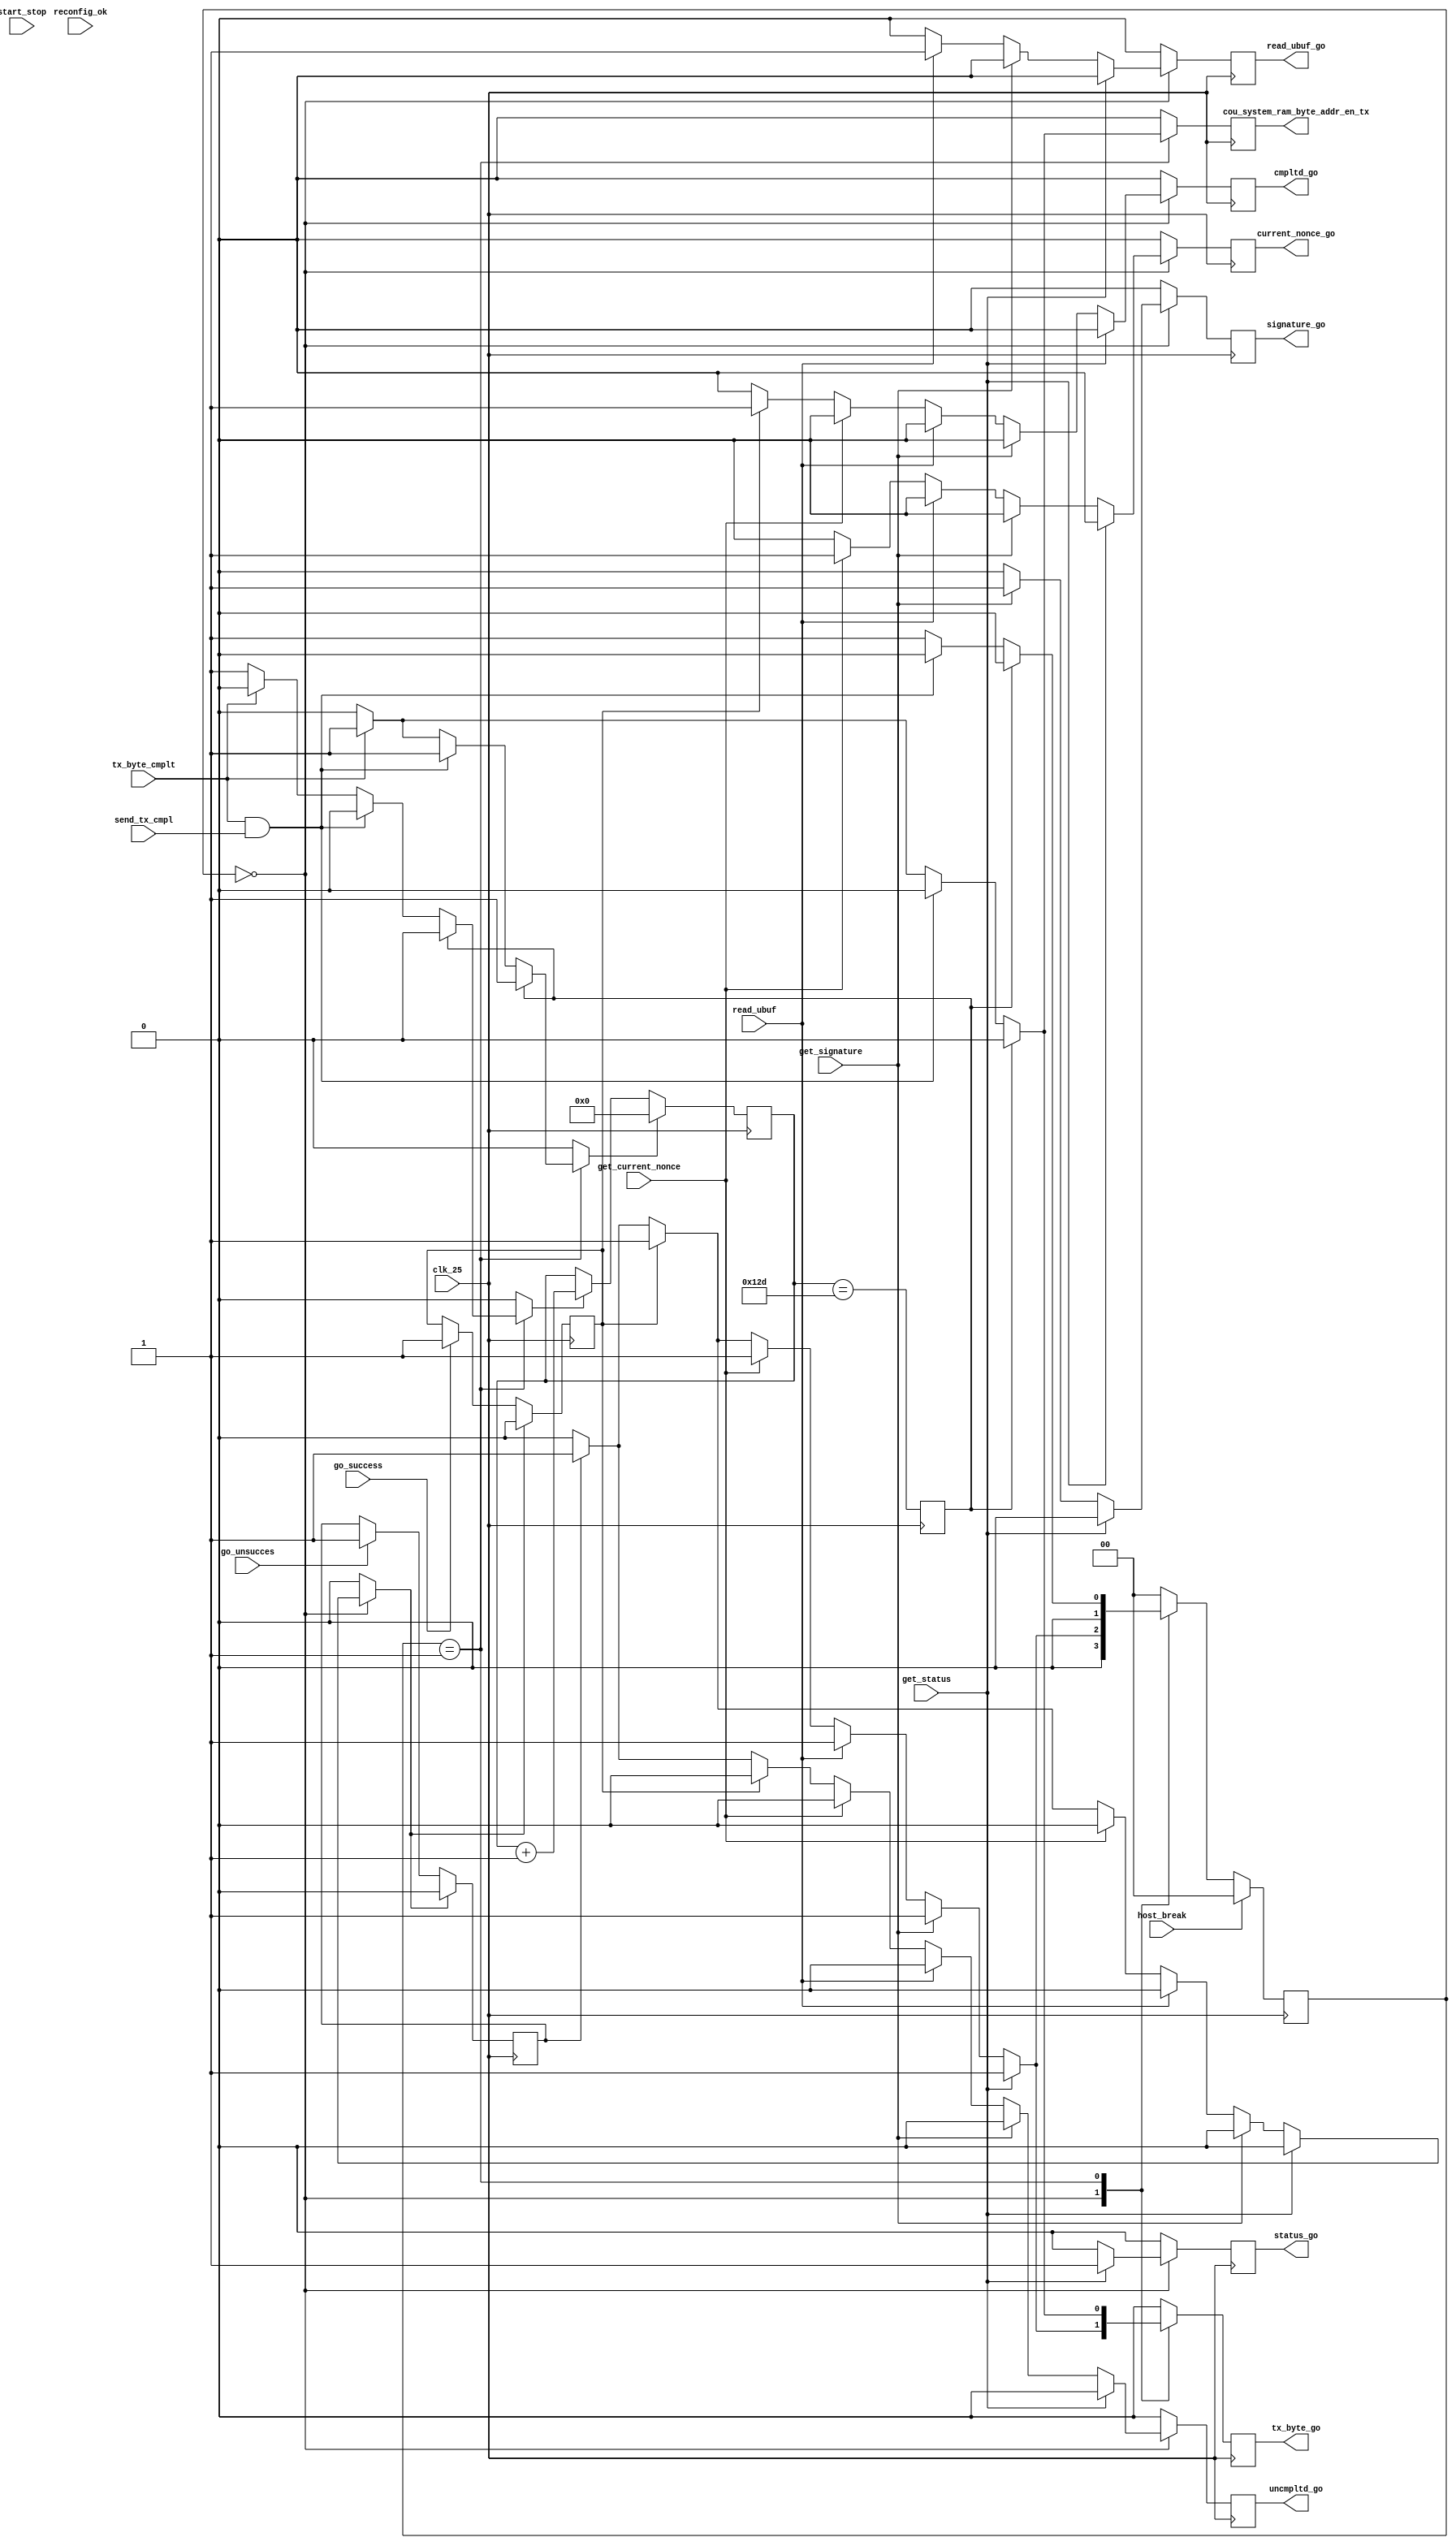
    module link_tx (
	input 	clk_25,
	input		host_break,
	input 	start_stop,
	input		get_status,
	input		get_signature,
	input		get_current_nonce,
	input		read_ubuf,
	input		tx_byte_cmplt,
	input		reconfig_ok,
	input		go_success,
	input		go_unsucces,

//
	input		send_tx_cmpl,	

	output reg cou_system_ram_byte_addr_en_tx = 1'b0,
	
	output reg tx_byte_go = 1'b0,
	output reg status_go = 1'b0,
	output reg signature_go = 1'b0,
	output reg current_nonce_go = 1'b0,
	output reg cmpltd_go = 1'b0,
	output reg uncmpltd_go = 1'b0,
	output reg 	read_ubuf_go = 1'b0
	
);
//	
 localparam		UTX_IDLE							= 2'b00,
					UTX_SEND							= 2'b01,
					UTX_SUCCES						= 2'b10;
									
//
reg 		tx_byte_go_r = 1'b0;
reg 		status_go_r = 1'b0;
reg		signature_go_r = 1'b0;
reg		current_nonce_go_r = 1'b0;
reg 		cmpltd_go_r = 1'b0;
reg 		uncmpltd_go_r = 1'b0;
reg 		read_ubuf_go_r = 1'b0;

reg 	[1:0]	 tx_sm_state = 2'b0;
reg 	[1:0]	 tx_sm_state_next = 2'b0;
//
reg 	[8:0] wdt = 9'b0;// watch dog wait for 1 byte
reg	wdt_en = 1'b0;
reg 	wdt_res = 1'b0;
reg	wdt_down = 1'b0;

reg			cou_system_ram_byte_addr_en_tx_r = 1'b0;
reg			go_unsucces_in = 1'b0;
reg			go_succes_in = 1'b0;
reg			go_cmplt_res = 1'b0;
//
always @ (posedge clk_25)
begin
		if (go_cmplt_res)
			go_succes_in <= 1'b0;
		else if (go_success)
			go_succes_in <= 1'b1;
end
//
always @ (posedge clk_25)
begin
		if (go_cmplt_res)
			go_unsucces_in <= 1'b0;
		else if (go_unsucces)
			go_unsucces_in <= 1'b1;
end
always @ (posedge clk_25)
	begin
		wdt_down <= wdt == 9'h12d;
		if (wdt_res)
			wdt <= 9'b0;
		else if (wdt_en)
			wdt <= wdt + 9'b1;
	end
//
always @ (posedge clk_25)
			if (host_break)
			tx_sm_state <= UTX_IDLE;	
			else
			tx_sm_state <= tx_sm_state_next;	 

//
always @ (*)
begin
wdt_en <= 1'b0;
wdt_res <= 1'b0;
status_go_r <= 1'b0;
signature_go_r <= 1'b0;
current_nonce_go_r <= 1'b0;
tx_byte_go_r <= 1'b0;	
cmpltd_go_r <= 1'b0;
uncmpltd_go_r <= 1'b0;
read_ubuf_go_r <= 1'b0;
cou_system_ram_byte_addr_en_tx_r <= 1'b0;
go_cmplt_res <= 1'b0;
							         									
		case (tx_sm_state)
				UTX_IDLE: begin//0000
									if (get_status)
										begin
											status_go_r <= 1'b1;
											tx_byte_go_r <= 1'b1;
											tx_sm_state_next <= UTX_SEND;
										end
									else if (get_signature)
										begin
											signature_go_r <= 1'b1;
											tx_byte_go_r <= 1'b1;
											tx_sm_state_next <= UTX_SEND;
										end
									else if (read_ubuf )
										begin
											read_ubuf_go_r <= 1'b1;
											tx_byte_go_r <= 1'b1;
											tx_sm_state_next <= UTX_SEND;	
										end
									else if (get_current_nonce)
										begin
											current_nonce_go_r <= 1'b1;
											tx_byte_go_r <= 1'b1;
											tx_sm_state_next <= UTX_SEND;	
										end											
									else if (go_succes_in)//
										begin
											cmpltd_go_r <= 1'b1;
											tx_byte_go_r <= 1'b1;
											go_cmplt_res <= 1'b1;
											tx_sm_state_next <= UTX_SEND;//UTX_SUCCES
										end
									else if (go_unsucces_in)// 
										begin
											uncmpltd_go_r <= 1'b1;
											tx_byte_go_r <= 1'b1;
											go_cmplt_res <= 1'b1;
											tx_sm_state_next <= UTX_SEND;//
										end
									
									else
										begin
											tx_sm_state_next <= UTX_IDLE;
										end
							 end	 
									 //
				UTX_SEND: begin // 01
													if (wdt_down)
														begin
															wdt_res <= 1'b1;
															tx_sm_state_next <= UTX_IDLE;
														end
													else if (tx_byte_cmplt & send_tx_cmpl)//  
														begin
															wdt_res <= 1'b1;
															tx_sm_state_next <= UTX_IDLE;//
														end
													else if (tx_byte_cmplt)//  
														begin
															wdt_res <= 1'b1;
															tx_byte_go_r <= 1'b1;
															cou_system_ram_byte_addr_en_tx_r <= 1'b1;
															tx_sm_state_next <= UTX_SEND;//
														end	
													else	
													begin	
														wdt_en <= 1'b1;
														tx_sm_state_next <= UTX_SEND;
													end												
											end
											//
										
		default: 	begin 	tx_sm_state_next <= UTX_IDLE; end										
		endcase
end
//
always @ (posedge clk_25)
begin	
	tx_byte_go <= tx_byte_go_r;
	status_go <= status_go_r;
	read_ubuf_go <= read_ubuf_go_r;
	signature_go <= signature_go_r;
	current_nonce_go <= current_nonce_go_r;
	cmpltd_go <= cmpltd_go_r;
	uncmpltd_go <= uncmpltd_go_r;
	cou_system_ram_byte_addr_en_tx <= cou_system_ram_byte_addr_en_tx_r;
end




endmodule